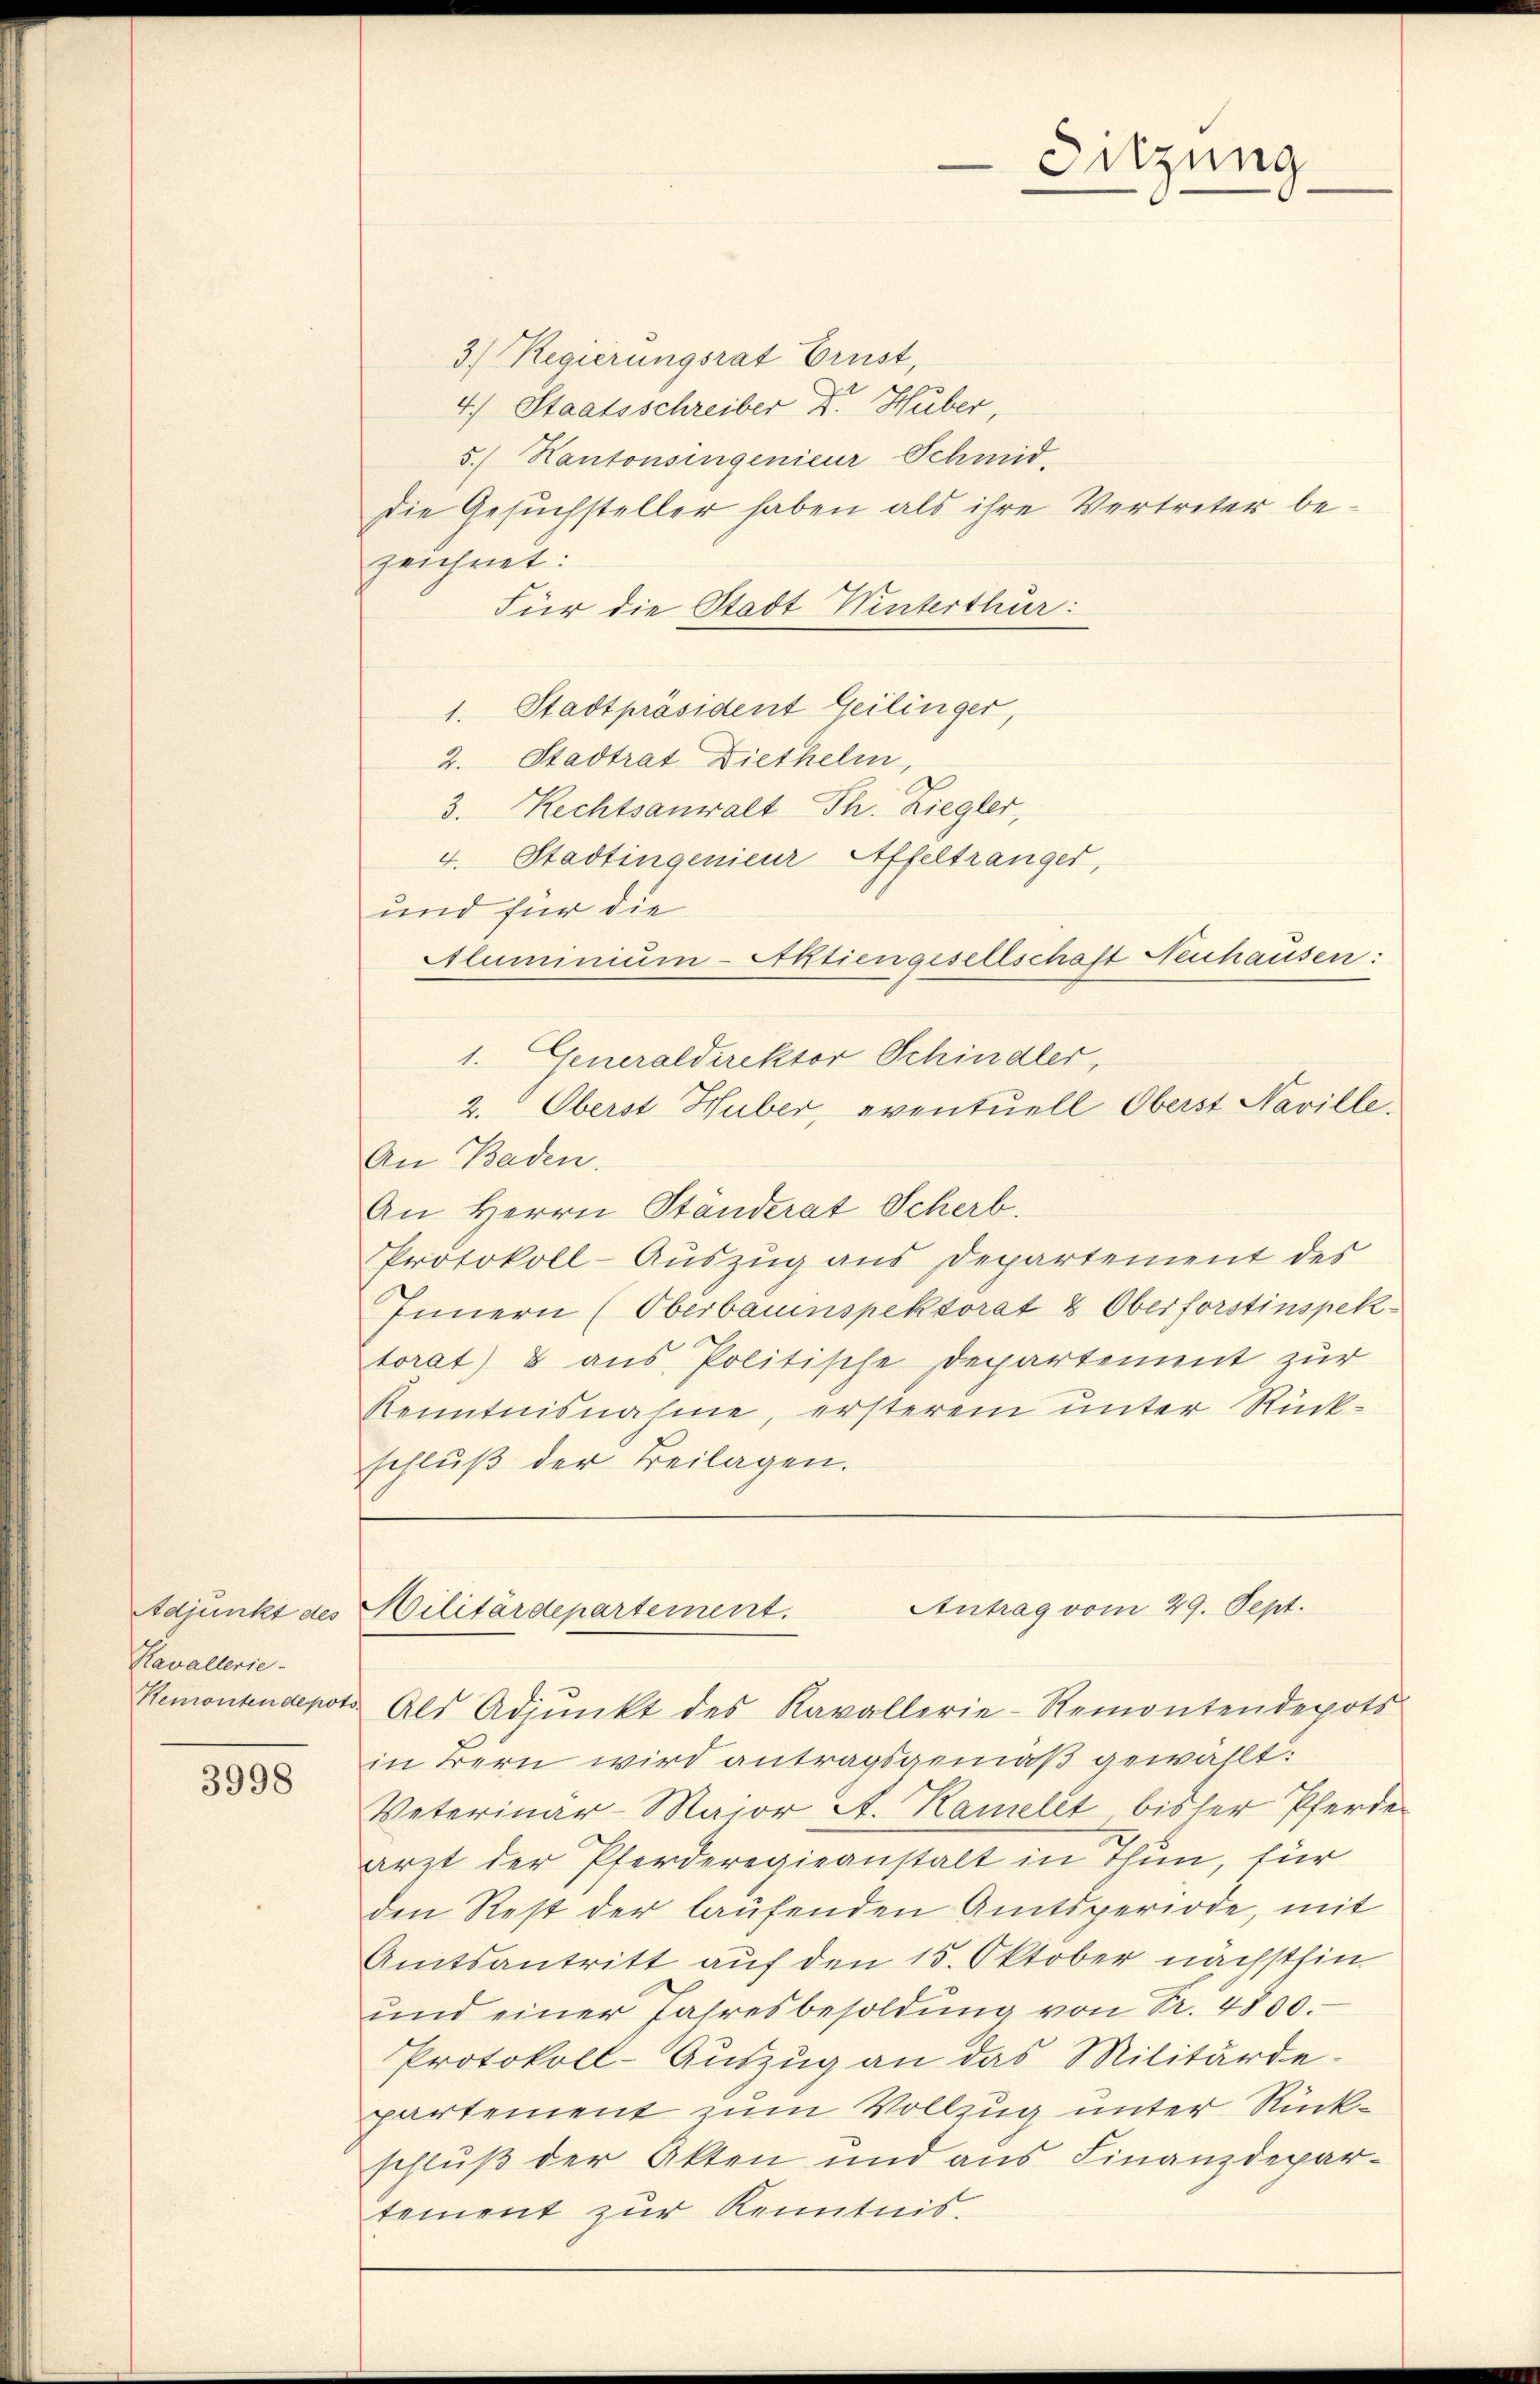
Adjunkt des
Kavallerie-
Remontendepot

3998

3) Regierungsrat Ernst,
4.) Staatsschreiber Dr. Huber,
5. Kantonsingenieur-Schmid,
zeichnet:
Für die Stadt Winterthur:
1. Stadtpräsident Geilinger,
2. Stadtrat Diethelm,
3. Rechtsanwalt Th. Ziegler,
4. Stadtingenieur-Affeltranger,
und für die
Aluminium-Aktiengesellschaft Neuhausen:

die Gesuchsteller haben als ihre Vertreter be¬

1. Generaldirektor Schindler,
2. Oberst Huber, eventuell Oberst Naville.

Sitzung

Antrag vom 29. Sept.
Militärdepartement.

An Baden.
An Herrn Ständerat Scherb.
Protokoll-Auszug aus Departement des
Innern (Oberbauenspektorat & Oberforstinspek-
torat) & aus Politische Departement zur
Kenntnisnahme, ersterem unter Rückschlŭβ der Beilagen.

Als Adjunkt des Kavallerie-Remontendepots
in Bern wird antragsgemäß gewählt.
Veterinar-Major A. Kamelit bisler Pferde
arzt der Pferderegieanstalt in Thun, für
den Rest der laufenden Amtsperiode, mit
Amtsantritt auf den 15. Oktober nächsthin
ŭnd einer Jahresbesoldŭng von Fr. 4800.
Protokoll-Auszug an das Militärde-
partement zum Vollzug unter Rückschluß der Akten und aus Finanzdepartement zur Kenntnis.